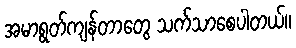
အမာရွတ်ကျန်တာတွေ သက်သာစေပါတယ်။